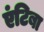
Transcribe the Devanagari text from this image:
एंटिबा